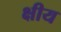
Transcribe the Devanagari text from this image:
क्षीय